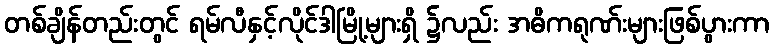
တစ်ချိန်တည်းတွင် ရမ်လီနှင့်လိုင်ဒါမြို့များရှိ ၌လည်း အဓိကရုဏ်းများဖြစ်ပွားကာ